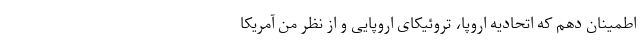
اطمینان دهم که اتحادیه اروپا، تروئیکای اروپایی و از نظر من آمریکا